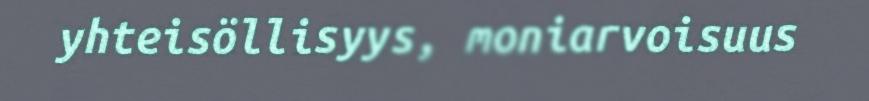
yhteisöllisyys, moniarvoisuus